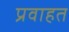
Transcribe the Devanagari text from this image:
प्रवाहत